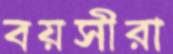
বয়সীরা